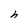
Character: h